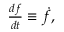
\begin{array} { r } { \frac { d f } { d t } \equiv \dot { f } , } \end{array}